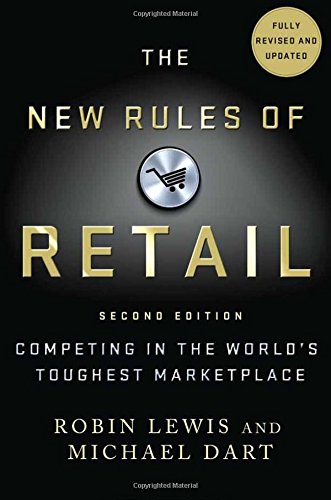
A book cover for The New Rules of Retail: Competing in the World's Toughest Marketplace; Robin Lewis; Business & Money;